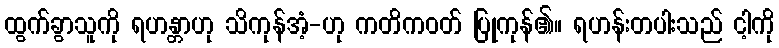
ထွက်ခွာသူကို ရဟန္တာဟု သိကုန်အံ့-ဟု ကတိကဝတ် ပြုကုန်၏။ ရဟန်းတပါးသည် ငါ့ကို